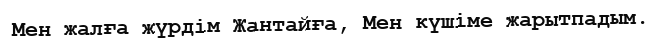
Мен жалға жүрдім Жантайға, Мен күшіме жарытпадым.